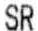
SR